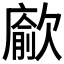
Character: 𭭖